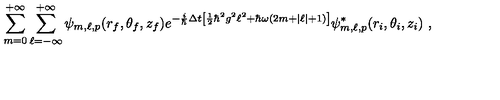
\sum _ { m = 0 } ^ { + \infty } \sum _ { \ell = - \infty } ^ { + \infty } \psi _ { m , \ell , p } ( r _ { f } , \theta _ { f } , z _ { f } ) e ^ { - \frac { i } { \hbar } \Delta t \left[ \frac { 1 } { 2 } \hbar ^ { 2 } g ^ { 2 } \ell ^ { 2 } + \hbar \omega ( 2 m + | \ell | + 1 ) \right] } \psi _ { m , \ell , p } ^ { * } ( r _ { i } , \theta _ { i } , z _ { i } ) \ ,